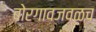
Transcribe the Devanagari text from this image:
बोरगावजवळच